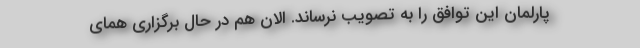
پارلمان این توافق را به تصویب نرساند. الان هم در حال برگزاری همای